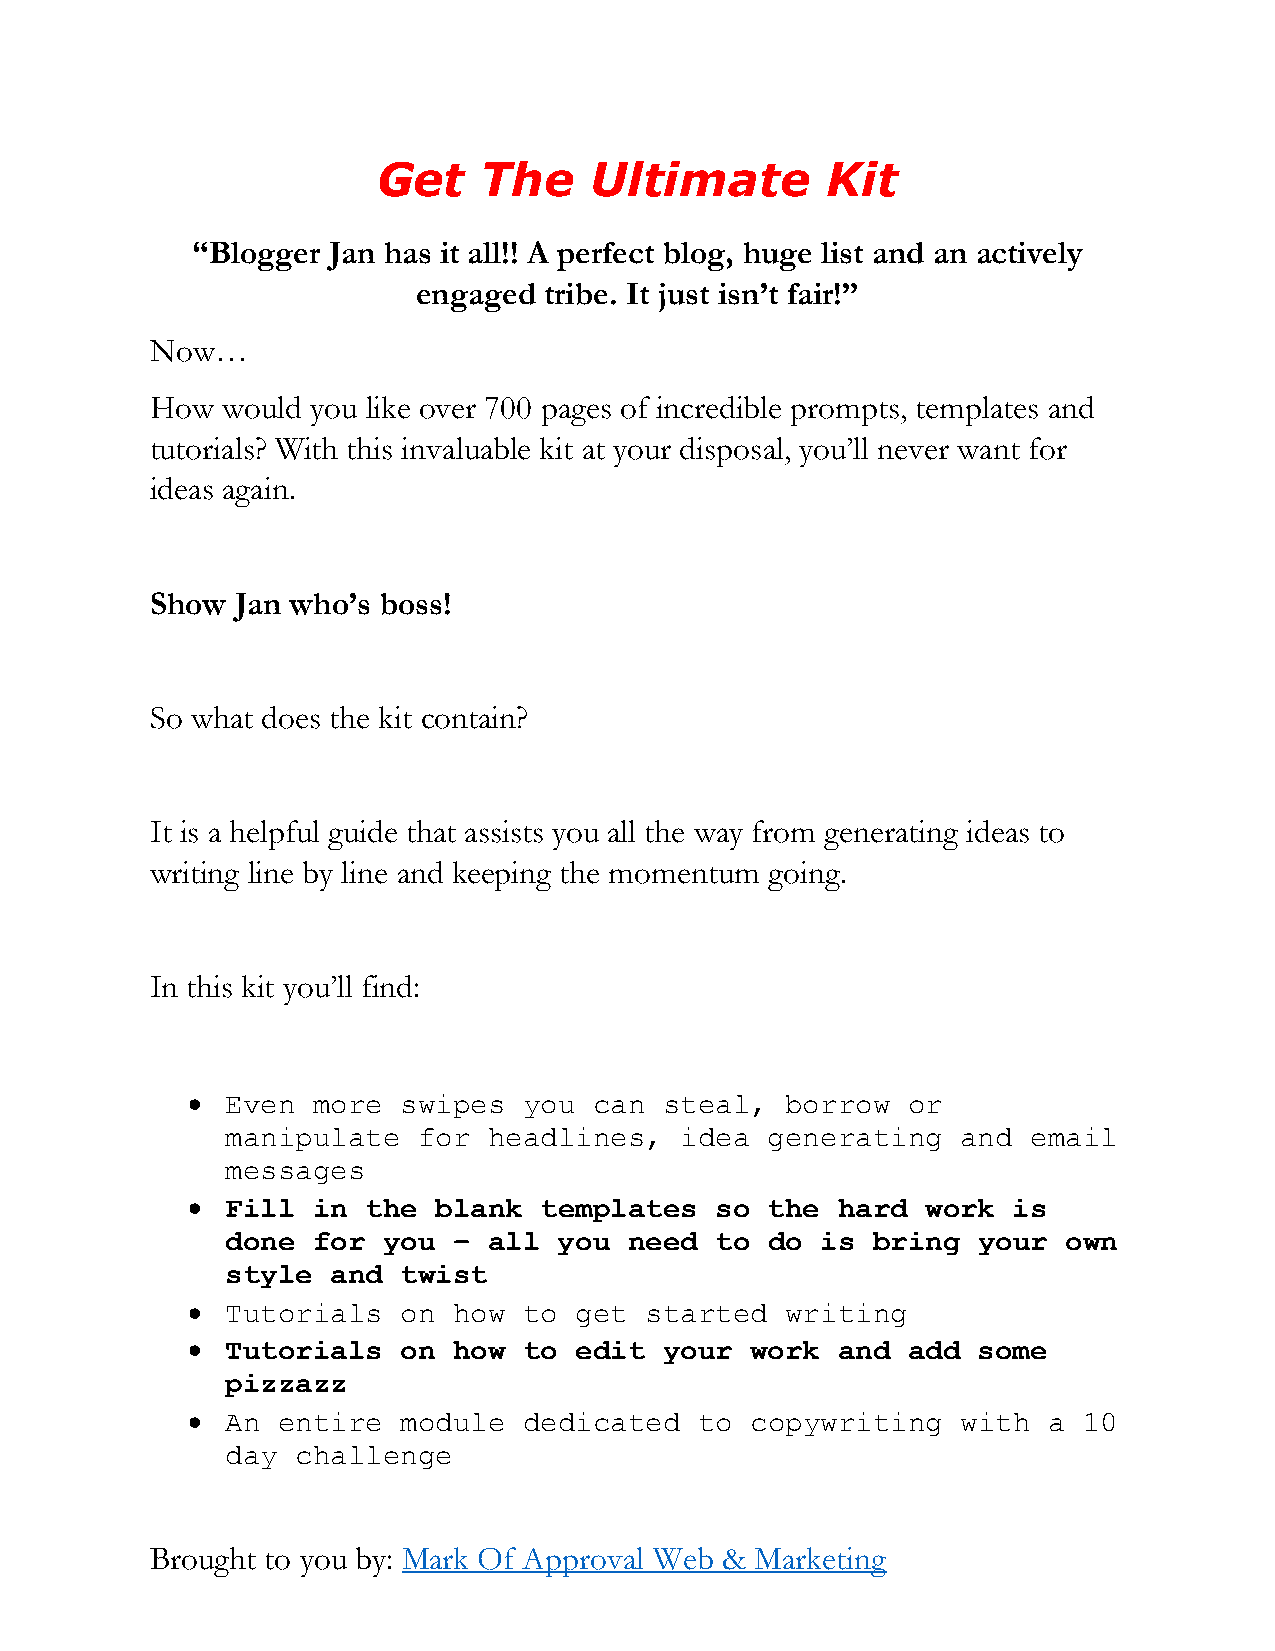
Get    The    Ultimate        Kit
 “Blogger Jan has it all!! A perfect blog, huge list and an actively
 engaged tribe. It just isn’t fair!”
 Now…
 How  would you like over 700 pages of incredible prompts, templates and
 tutorials? With this invaluable kit at your disposal, you’ll never want for
 ideas again.
 Show  Jan who’s boss!
 So what does the kit contain?
 It is a helpful guide that assists you all the way from generating ideas to
 writing line by line and keeping the momentum going.
 In this kit you’ll find:
   Even  more swipes   you can  steal,  borrow  or
 manipulate   for headlines,   idea  generating   and email
 messages
   Fill  in the  blank  templates  so  the hard  work  is
 done  for you  – all  you  need to  do is  bring  your  own
 style  and twist
   Tutorials  on  how  to get  started  writing
   Tutorials  on  how  to edit  your  work and  add  some
 pizzazz
   An entire  module   dedicated  to  copywriting   with a  10
 day  challenge
 Brought to you by: Mark Of Approval Web & Marketing